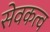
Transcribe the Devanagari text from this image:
सेवकत्व